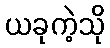
ယခုကဲ့သို